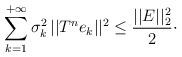
LaTeX: \begin{align*}\sum_{k=1}^{+\infty}\sigma_k^2\, \vert\vert T^n e_k \vert\vert^2\le \frac{\vert\vert E \vert\vert_2^2}{2}\cdot\end{align*}